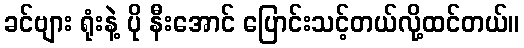
ခင်ဗျား ရုံးနဲ့ ပို နီးအောင် ပြောင်းသင့်တယ်လို့ထင်တယ်။